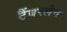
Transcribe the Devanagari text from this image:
टैंबरलेन